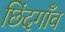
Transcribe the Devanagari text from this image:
छिंदगाँव